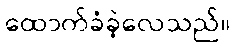
ထောက်ခံခဲ့လေသည်။